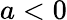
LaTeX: a<0